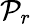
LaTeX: \mathcal{P}_{r}